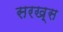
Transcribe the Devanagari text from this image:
सरख़्स